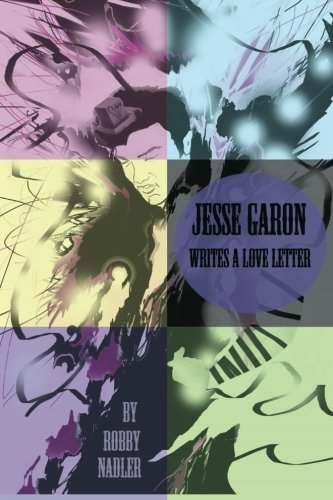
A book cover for jesse garon writes a love letter; Robby Nadler; Gay & Lesbian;